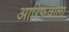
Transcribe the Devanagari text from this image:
आरिफ़वाला